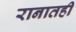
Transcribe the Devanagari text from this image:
रानातही